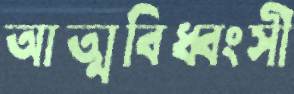
আত্মবিধ্বংসী